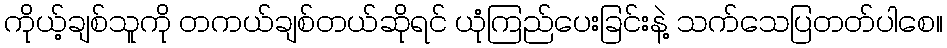
ကိုယ့်ချစ်သူကို တကယ်ချစ်တယ်ဆိုရင် ယုံကြည်ပေးခြင်းနဲ့ သက်သေပြတတ်ပါစေ။